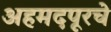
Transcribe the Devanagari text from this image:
अहमदपूरचे